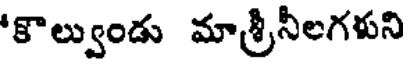
'కొల్వుండు మాశ్రీనీలగళుని